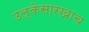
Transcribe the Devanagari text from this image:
उल्केसारखाच